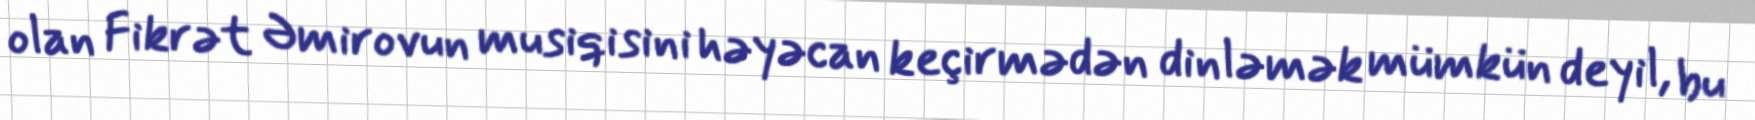
olan Fikrət Əmirovun musiqisini həyəcan keçirmədən dinləmək mümkün deyil, bu